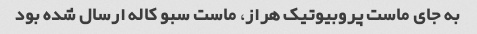
به جای ماست پروبیوتیک هراز، ماست سبو کاله ارسال شده بود